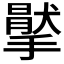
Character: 𢵤